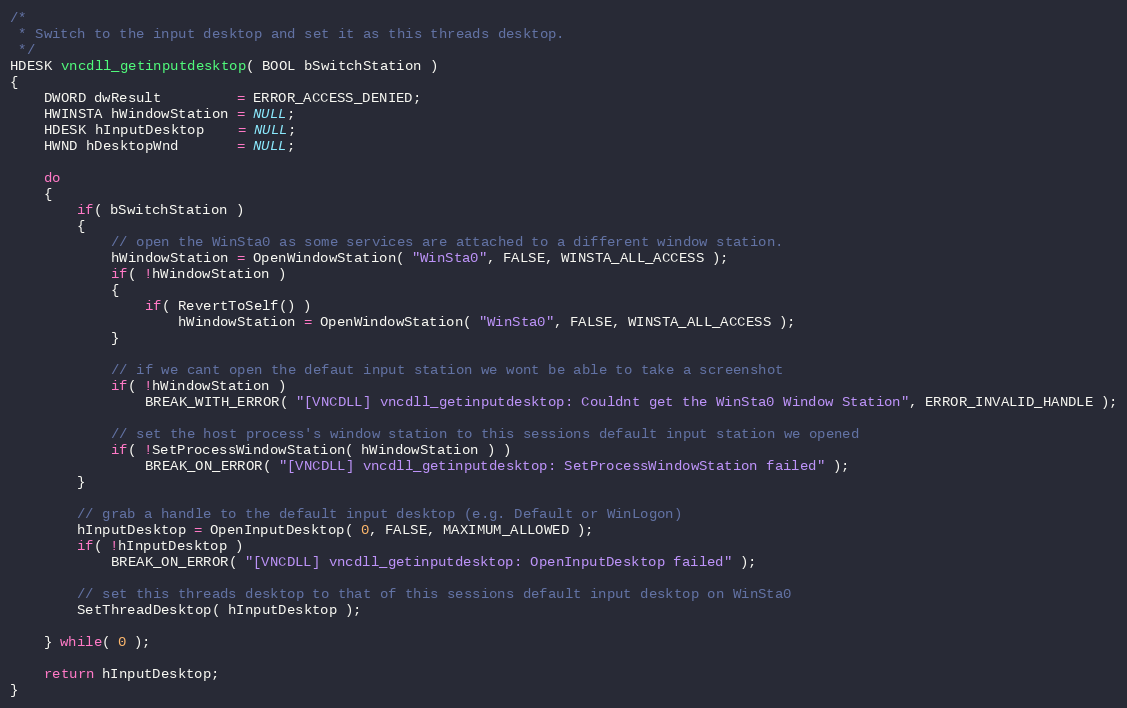
Language: C++
/*
 * Switch to the input desktop and set it as this threads desktop.
 */
HDESK vncdll_getinputdesktop( BOOL bSwitchStation )
{
	DWORD dwResult         = ERROR_ACCESS_DENIED;
	HWINSTA hWindowStation = NULL;
	HDESK hInputDesktop    = NULL;
	HWND hDesktopWnd       = NULL;

	do
	{
		if( bSwitchStation )
		{
			// open the WinSta0 as some services are attached to a different window station.
			hWindowStation = OpenWindowStation( "WinSta0", FALSE, WINSTA_ALL_ACCESS );
			if( !hWindowStation )
			{
				if( RevertToSelf() )
					hWindowStation = OpenWindowStation( "WinSta0", FALSE, WINSTA_ALL_ACCESS );
			}

			// if we cant open the defaut input station we wont be able to take a screenshot
			if( !hWindowStation )
				BREAK_WITH_ERROR( "[VNCDLL] vncdll_getinputdesktop: Couldnt get the WinSta0 Window Station", ERROR_INVALID_HANDLE );

			// set the host process's window station to this sessions default input station we opened
			if( !SetProcessWindowStation( hWindowStation ) )
				BREAK_ON_ERROR( "[VNCDLL] vncdll_getinputdesktop: SetProcessWindowStation failed" );
		}

		// grab a handle to the default input desktop (e.g. Default or WinLogon)
		hInputDesktop = OpenInputDesktop( 0, FALSE, MAXIMUM_ALLOWED );
		if( !hInputDesktop )
			BREAK_ON_ERROR( "[VNCDLL] vncdll_getinputdesktop: OpenInputDesktop failed" );

		// set this threads desktop to that of this sessions default input desktop on WinSta0
		SetThreadDesktop( hInputDesktop );

	} while( 0 );

	return hInputDesktop;
}